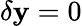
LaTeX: \delta\mathbf{y}=0